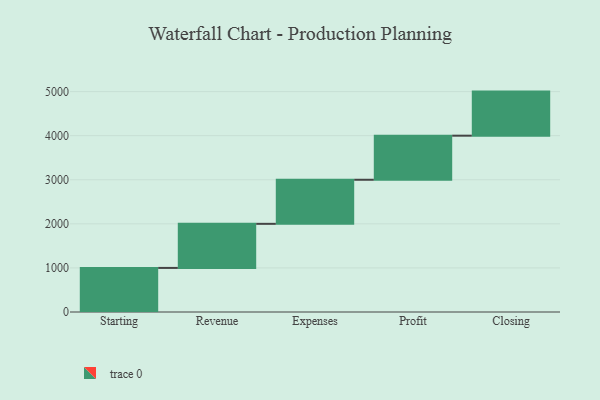
{"axis": {"x": "Step", "y": "Value"}, "legend": [""], "data": [{"x": "Starting", "y": 1000, "type": ""}, {"x": "Revenue", "y": 1000, "type": ""}, {"x": "Expenses", "y": 1000, "type": ""}, {"x": "Profit", "y": 1000, "type": ""}, {"x": "Closing", "y": 1000, "type": ""}]}